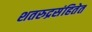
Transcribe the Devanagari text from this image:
शतरुद्रसंहितेत